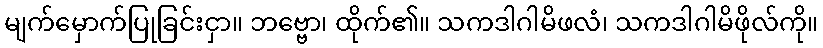
မျက်မှောက်ပြုခြင်းငှာ။ ဘဗ္ဗော၊ ထိုက်၏။ သကဒါဂါမိဖလံ၊ သကဒါဂါမိဖိုလ်ကို။